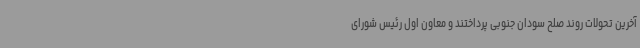
آخرین تحولات روند صلح سودان جنوبی پرداختند و معاون اول رئیس شورای